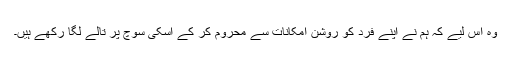
وہ اس لیے کہ ہم نے اپنے فرد کو روشن امکانات سے محروم کر کے اسکی سوچ پر تالے لگا رکھے ہیں۔